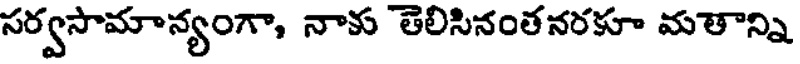
సర్వసామాన్యంగా, నాకు తెలిసినంతనరకూ మతాన్ని